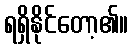
ရရှိနိုင်တော့၏။